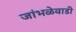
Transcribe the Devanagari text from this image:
जांभळेवाडी